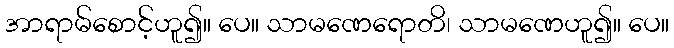
အာရာမ်စောင့်ဟူ၍။ ပေ။ သာမဏေရောတိ၊ သာမဏေဟူ၍။ ပေ။